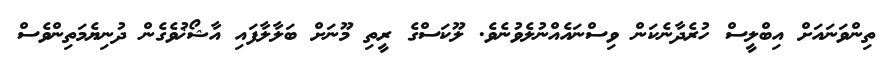
ތިންވަނައަށް އިބްލީސް ހުރެދާނެކަން ވިސްނައެއްނުލެވުނެވެ. ލޫކަސްގެ ރީތި މޫނަށް ބަލާލާފައި އާޝޯޚުވެގެން ދުނިޔެމަތިންވެސް